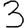
Digit: 3